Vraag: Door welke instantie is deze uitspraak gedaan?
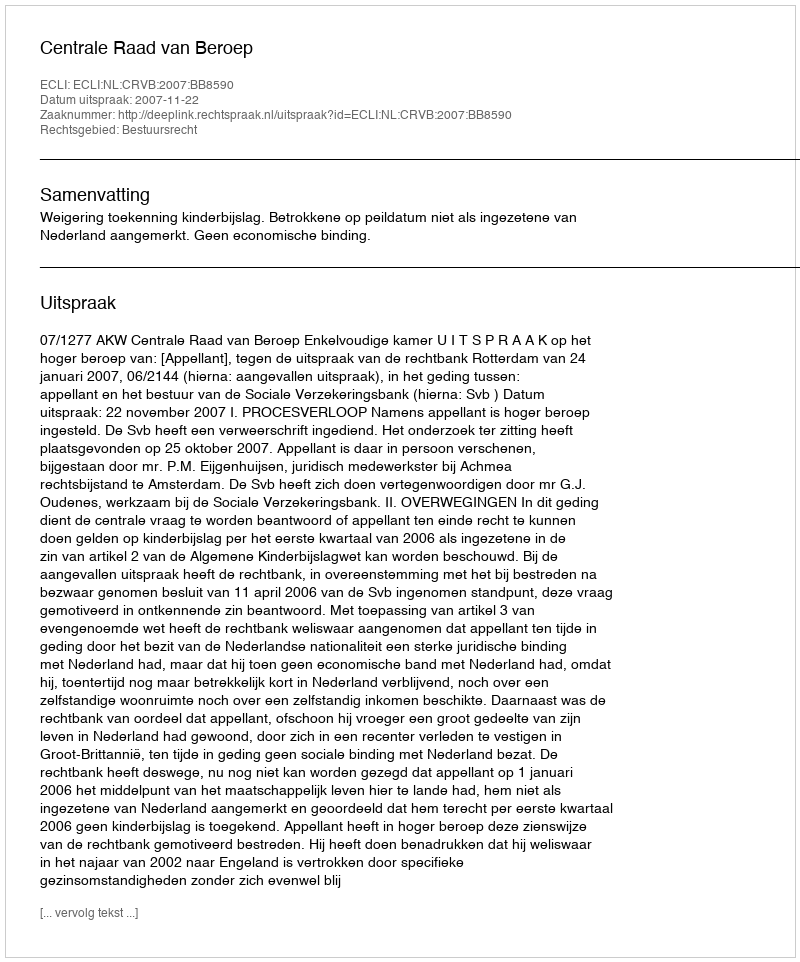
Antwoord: Centrale Raad van Beroep